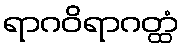
ရာဂဝိရာဂတ္ထံ